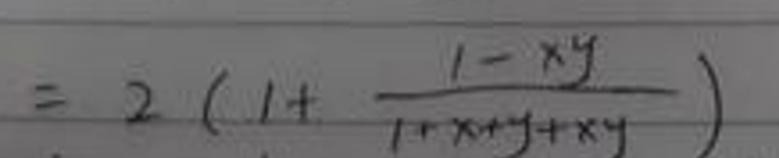
\[=2\left(1 + \frac{1 - xy}{1 + x + y+xy}\right)\]